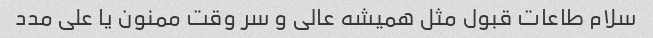
سلام طاعات قبول مثل همیشه عالی و سر وقت ممنون یا علی مدد